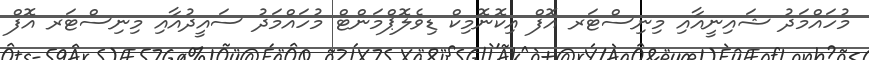
މުހައްމަދު ޝައިނީއާއި މިނިސްޓަރ އޮފް އިކޮނޮމިކް ޑިވެލޮޕްމަންޓް މުހައްމަދު ސައީދުއާއި މިނިސްޓަރ އޮފް